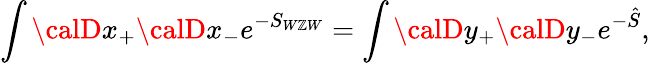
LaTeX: \int{\calD}x_{+}{\calD}x_{-}e^{-S_{W\mathbb{Z}W}}=\int{\calD}y_{+}{\calD}y_{-}e^{-\hat{{S}}},